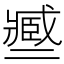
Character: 𢨑